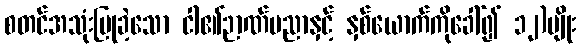
စတင်အသုံးပြုခဲ့သော ငါ၏ဉာဏ်ပညာနှင့် နှစ်ယောက်ကိုခေါ်၍ ၁၂)မျိုး